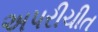
અપરીચીત